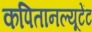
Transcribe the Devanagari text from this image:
कपितानल्यूटेंट